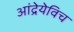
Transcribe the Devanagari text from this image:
आंद्रेयेविच